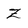
Character: Z